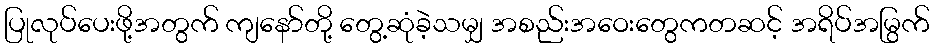
ပြုလုပ်ပေးဖို့အတွက် ကျနော်တို့ တွေ့ဆုံခဲ့သမျှ အစည်းအဝေးတွေကတဆင့် အရိပ်အမြွက်